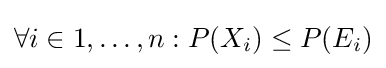
\forall i\in 1,\dots ,n:P(X_{i})\leq P(E_{i})